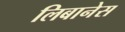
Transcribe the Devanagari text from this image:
लिबानेस